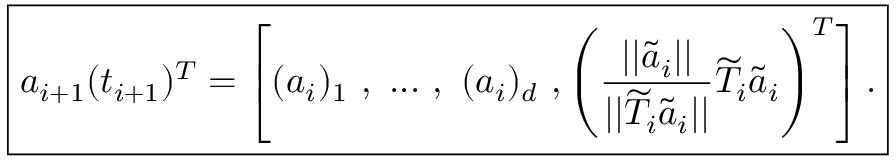
\boxed { \boldsymbol { a } _ { i + 1 } ( t _ { i + 1 } ) ^ { T } = \left[ ( \boldsymbol { a } _ { i } ) _ { 1 } \mathrm { ~ } , \mathrm { ~ } . . . \mathrm { ~ } , \mathrm { ~ } ( \boldsymbol { a } _ { i } ) _ { d } \mathrm { ~ } , \left( \frac { | | \widetilde { \boldsymbol { a } } _ { i } | | } { | | \widetilde { T } _ { i } \widetilde { \boldsymbol { a } } _ { i } | | } \widetilde { T } _ { i } \widetilde { \boldsymbol { a } } _ { i } \right) ^ { T } \right] . }